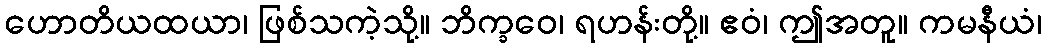
ဟောတိယထယာ၊ ဖြစ်သကဲ့သို့။ ဘိက္ခဝေ၊ ရဟန်းတို့။ ဧဝံ၊ ဤအတူ။ ကမနီယံ၊